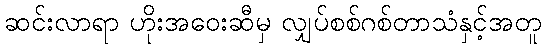
ဆင်းလာရာ ဟိုးအဝေးဆီမှ လျှပ်စစ်ဂစ်တာသံနှင့်အတူ